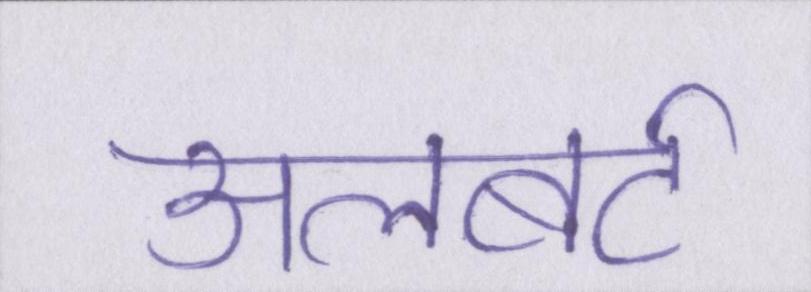
अलबर्ट